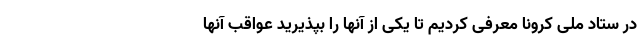
در ستاد ملی کرونا معرفی کردیم تا یکی از آنها را بپذیرید عواقب آنها